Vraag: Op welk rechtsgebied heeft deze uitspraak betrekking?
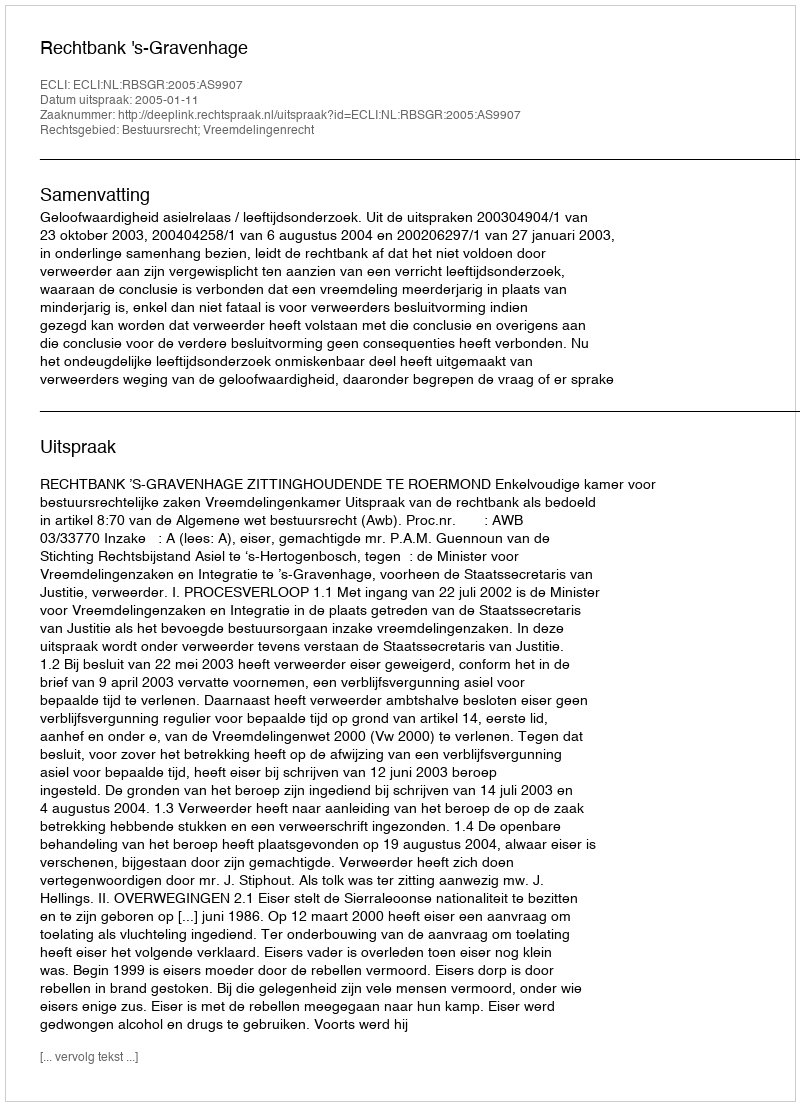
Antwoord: Bestuursrecht; Vreemdelingenrecht